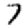
Digit: 7